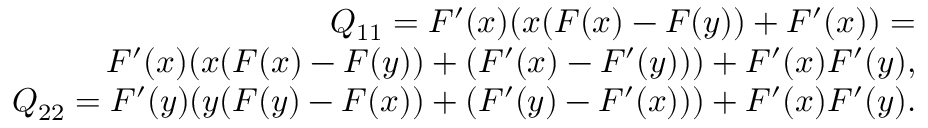
\begin{array} { r } { Q _ { 1 1 } = F ^ { \prime } ( x ) ( x ( F ( x ) - F ( y ) ) + F ^ { \prime } ( x ) ) = } \\ { F ^ { \prime } ( x ) ( x ( F ( x ) - F ( y ) ) + ( F ^ { \prime } ( x ) - F ^ { \prime } ( y ) ) ) + F ^ { \prime } ( x ) F ^ { \prime } ( y ) , } \\ { Q _ { 2 2 } = F ^ { \prime } ( y ) ( y ( F ( y ) - F ( x ) ) + ( F ^ { \prime } ( y ) - F ^ { \prime } ( x ) ) ) + F ^ { \prime } ( x ) F ^ { \prime } ( y ) . } \end{array}